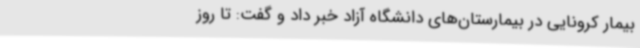
بیمار کرونایی در بیمارستان‌های دانشگاه آزاد خبر داد و گفت: تا روز